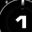
Digit: 1